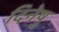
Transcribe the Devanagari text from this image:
दिनेषु